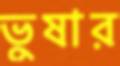
ভুষার